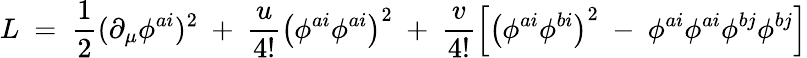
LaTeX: L~=~\frac{1}{2}(\partial_{\mu}\phi^{ai})^{2}~+~\frac{u}{4!}\left(\phi^{ai}\phi^{ai}\right)^{2}~+~\frac{v}{4!}\left[\left(\phi^{ai}\phi^{bi}\right)^{2}~-~\phi^{ai}\phi^{ai}\phi^{bj}\phi^{bj}\right]